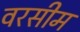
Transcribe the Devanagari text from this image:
वरसीम